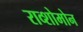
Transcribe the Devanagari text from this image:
राव्शोमोन